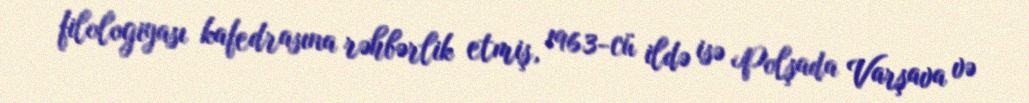
filologiyası kafedrasına rəhbərlik etmiş, 1963-cü ildə isə Polşada Varşava və